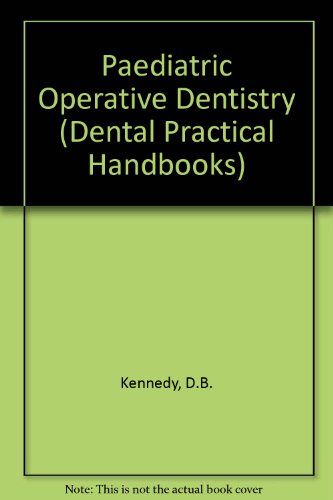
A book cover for Paediatric Operative Dentistry (Dental Practitioner Handbook); D. B. Kennedy; Medical Books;